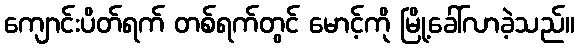
ကျောင်းပိတ်ရက် တစ်ရက်တွင် မောင့်ကို မြို့ခေါ်လာခဲ့သည်။